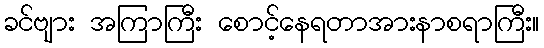
ခင်ဗျား အကြာကြီး စောင့်နေရတာအားနာစရာကြီး။